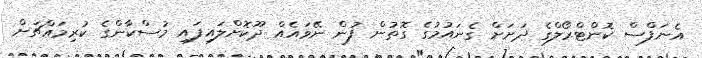
އެނަފްސް ކޮންޓްރޯލްގެ ދަށަށް ގެނައުމުގެ ގޮތުން ފުން ނޭވައެއް ދޫކޮށްލައިފައި މުސްކާންގެ ކުރިމައްޗަށް